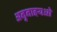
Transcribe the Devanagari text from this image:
अनुनाइयओ